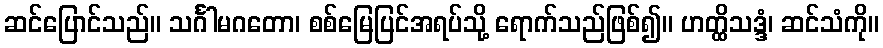
ဆင်ပြောင်သည်။ သင်္ဂါမဂတော၊ စစ်မြေပြင်အရပ်သို့ ရောက်သည်ဖြစ်၍။ ဟတ္ထိသဒ္ဒံ၊ ဆင်သံကို။